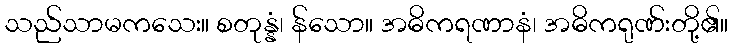
သည်သာမကသေး။ စတုန္နံ၊ န်သော။ အဓိကရဏာနံ၊ အဓိကရုဏ်းတို့၏။